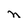
Character: n